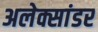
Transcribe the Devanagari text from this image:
अलेक्सांडर